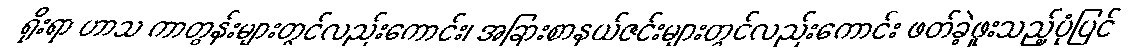
ရိုးရာ ဟာသ ကာတွန်းများတွင်လည်းကောင်း၊ အခြားစာနယ်ဇင်းများတွင်လည်းကောင်း ဖတ်ခဲ့ဖူးသည့်ပုံပြင်